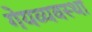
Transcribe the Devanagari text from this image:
गेयव्यवस्था